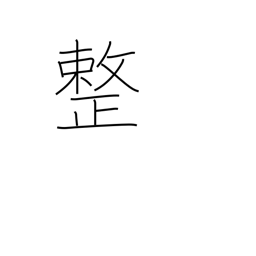
Meaning: meter